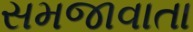
સમજાવાતા